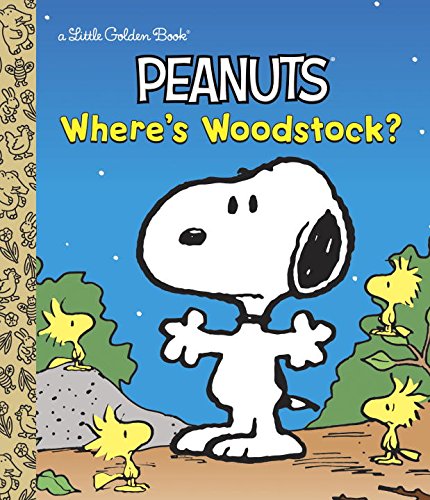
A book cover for Where's Woodstock? (Peanuts) (Little Golden Book); Margo Lundell; Comics & Graphic Novels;